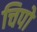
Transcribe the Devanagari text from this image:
चिपो